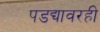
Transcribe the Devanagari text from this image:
पडद्यावरही